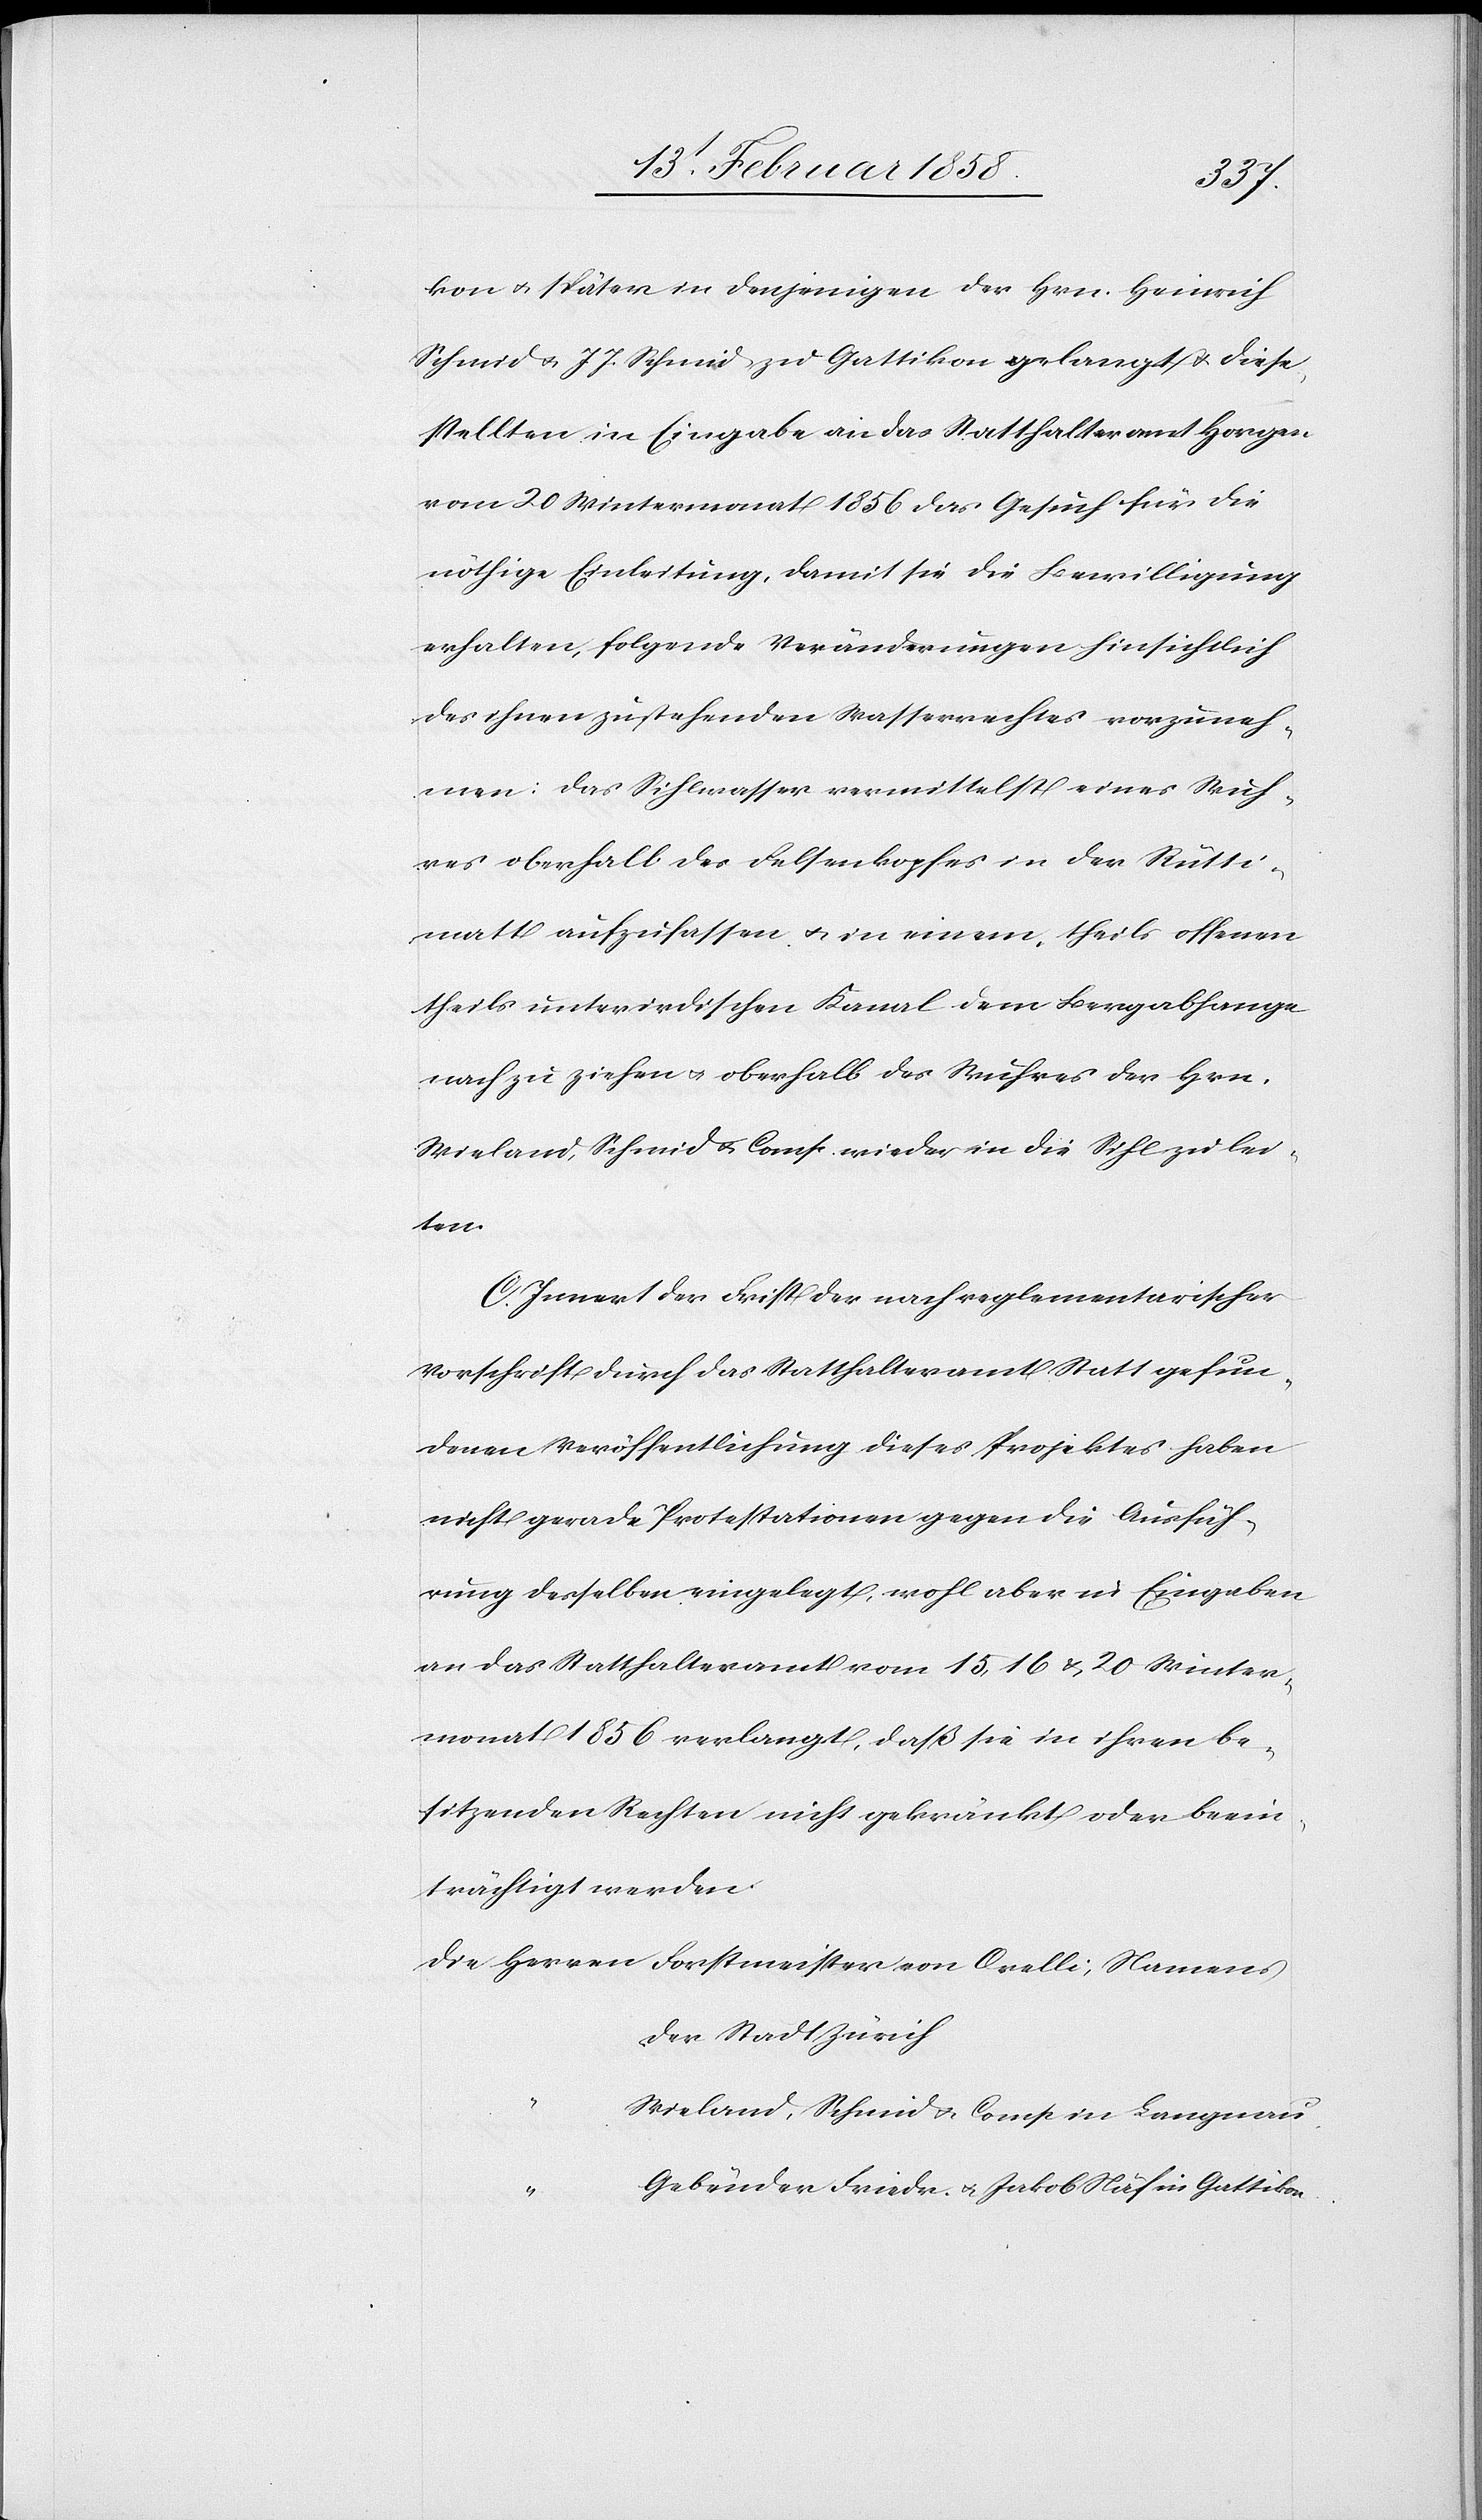
kon u. später in denjenigen der Hrn. Heinrich
Schmid u. J. J. Schmid zu Gattikon gelangt u. diese
stellten in Eingabe an das Statthalteramt Horgen
vom 20 Wintermonat 1856 das Gesuch für die
nöthige Einleitung, damit sie die Bewilligung
erhalten, folgende Veränderungen hinsichtlich
des ihnen zustehenden Wasserrechtes vorzuneh¬
men: Das Sihlwasser vermittelst eines Wuh¬
res oberhalb des Felsenkopfes in der Rütti¬
matt aufzufassen u. in einem, theils offenen
theils unterirdischen Kanal dem Bergabhange
nach zu ziehen u. oberhalb des Wuhres der Hrn.
Wieland, Schmid & Comp. wieder in die Sihl zu lei¬
ten.
C. Innert der Frist der nach reglementarischer
Vorschrift durch das Statthalteramt Statt gefun¬
denen Veröffentlichung dieses Projektes haben
nicht gerade Protestationen gegen die Ausfüh¬
rung desselben eingelegt, wohl aber in Eingaben
an das Statthalteramt vom 15, 16 & 20 Winter¬
monat 1856 verlangt, daß sie in ihren be¬
sitzenden Rechten nicht gekränkt oder beein¬
trächtigt werden.
Die Herren	Forstmeister von Orelli, Namens
der Stadt Zürich
“	Wieland, Schmid u. Comp. in Langnau.
“	Gebrüder Friedr. u. Jakob Näf in Gattikon